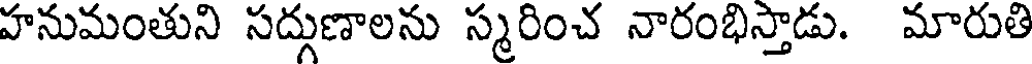
హనుమంతుని సద్గుణాలను స్మరించ నారంభిస్తాడు. మారుతి